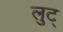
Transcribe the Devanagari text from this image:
लुट्